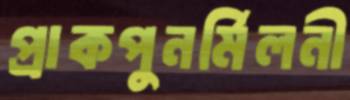
প্রাকপুনর্মিলনী